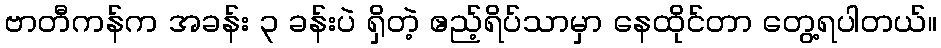
ဗာတီကန်က အခန်း ၃ ခန်းပဲ ရှိတဲ့ ဧည့်ရိပ်သာမှာ နေထိုင်တာ တွေ့ရပါတယ်။